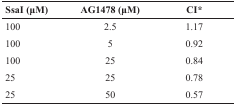
<table><thead><tr><td><b>SsaI (μM)</b></td><td><b>AG1478 (μM)</b></td><td><b>CI*</b></td></tr></thead><tbody><tr><td>100</td><td>2.5</td><td>1.17</td></tr><tr><td>100</td><td>5</td><td>0.92</td></tr><tr><td>100</td><td>25</td><td>0.84</td></tr><tr><td>25</td><td>25</td><td>0.78</td></tr><tr><td>25</td><td>50</td><td>0.57</td></tr></tbody></table>